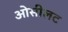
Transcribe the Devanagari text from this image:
ओसीलट